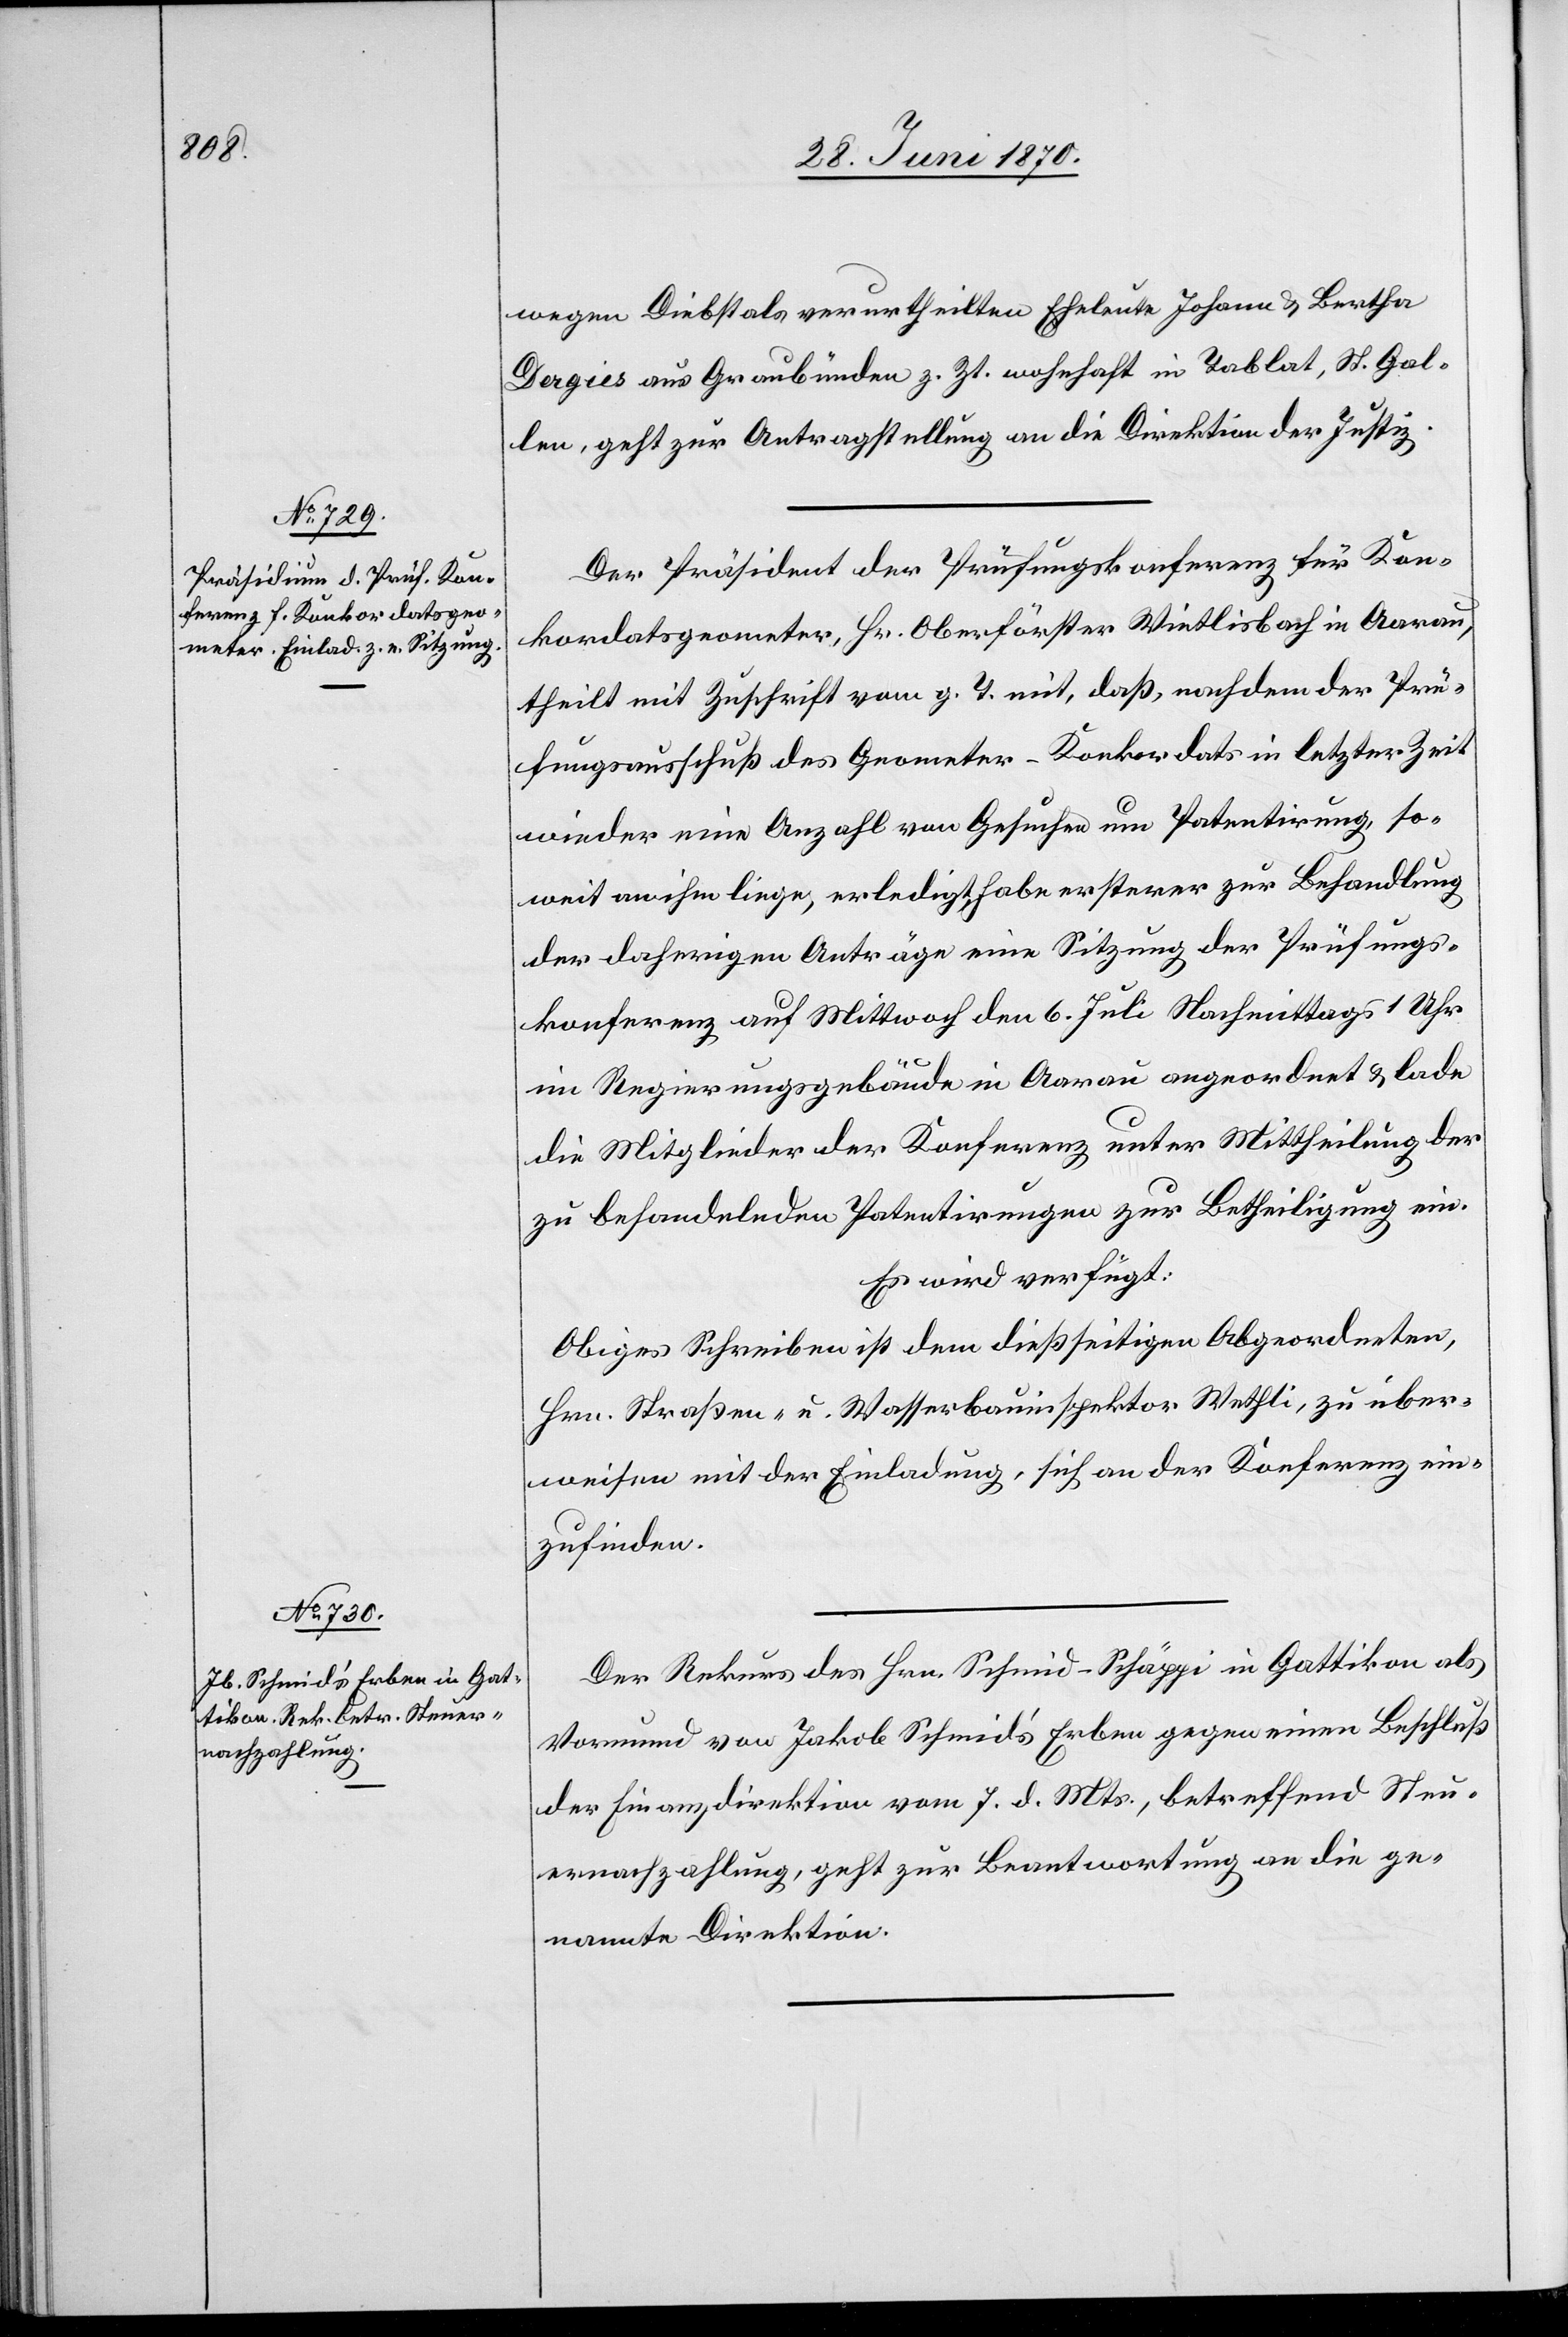
28. Juni 1870.]
wegen Diebstals verurtheilten Eheleute Johann & Bertha
Dergies aus Graubünden z. Zt. wohnhaft in Tablat, St. Gal¬
len, geht zur Antragstellung an die Direktion der Justiz.
Der Präsident der Prüfungskonferenz für Kon¬
kordatsgeometer, Hr. Oberförster Wietlisbach in Aarau,
theilt mit Zuschrift vom g. T. mit, daß, nachdem der Prü¬
fungsausschuß des Geometer-Konkordats in letzter Zeit
wieder eine Anzahl von Gesuchen um Patentirung, so¬
weit an ihm liege, erledigt, habe ersterer zur Behandlung
der daherigen Anträge eine Sitzung der Prüfungs¬
konferenz auf Mittwoch den 6. Juli Nachmittags 1 Uhr
im Regierungsgebäude in Aarau angeordnet & lade
die Mitglieder der Konferenz unter Mittheilung der
zu behandelnden Patentirungen zur Betheiligung ein.
Es wird verfügt:
Obiges Schreiben ist dem dießseitigen Abgeordneten,
Hrn. Straßen- u. Wasserbauinspektor Wethli, zu über¬
weisen mit der Einladung, sich an der Konferenz ein¬
zufinden.
Der Rekurs des Hrn. Schmid-Schäppi in Gattikon als
Vormund von Jakob Schmid’s Erben gegen einen Beschluß
der Finanzdirektion vom 7. d. Mts., betreffend Steu¬
ernachzahlung, geht zur Beantwortung an die ge¬
nannte Direktion.